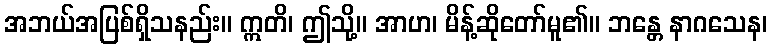
အဘယ်အပြစ်ရှိသနည်း။ ဣတိ၊ ဤသို့။ အာဟ၊ မိန့်ဆိုတော်မူ၏။ ဘန္တေ နာဂသေန၊